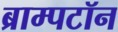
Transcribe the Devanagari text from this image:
ब्राम्पटॉन